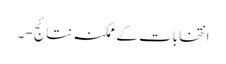
انتخابات کے ممکنہ نتائج - ۔